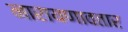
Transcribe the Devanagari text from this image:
नारायणावतार